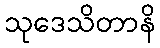
သုဒေသိတာနိ